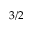
3 / 2